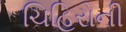
ચિહિરોની